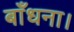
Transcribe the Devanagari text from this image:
बाँधना।